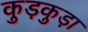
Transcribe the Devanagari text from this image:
कुड़कुड़ा